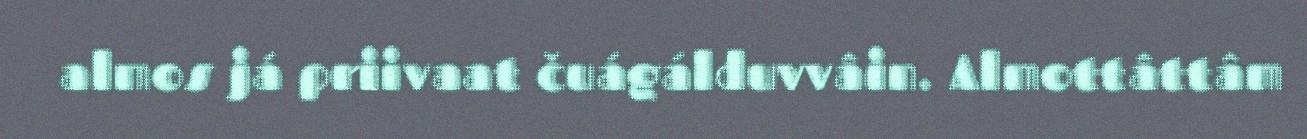
almos já priivaat čuágálduvvâin. Almottâttâm